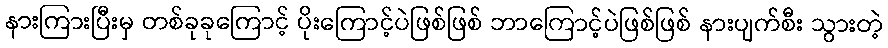
နားကြားပြီးမှ တစ်ခုခုကြောင့် ပိုးကြောင့်ပဲဖြစ်ဖြစ် ဘာကြောင့်ပဲဖြစ်ဖြစ် နားပျက်စီး သွားတဲ့